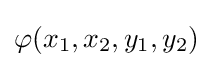
\varphi (x_{1},x_{2},y_{1},y_{2})